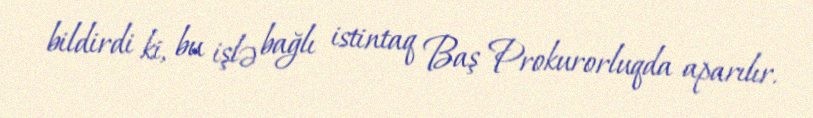
bildirdi ki, bu işlə bağlı istintaq Baş Prokurorluqda aparılır.